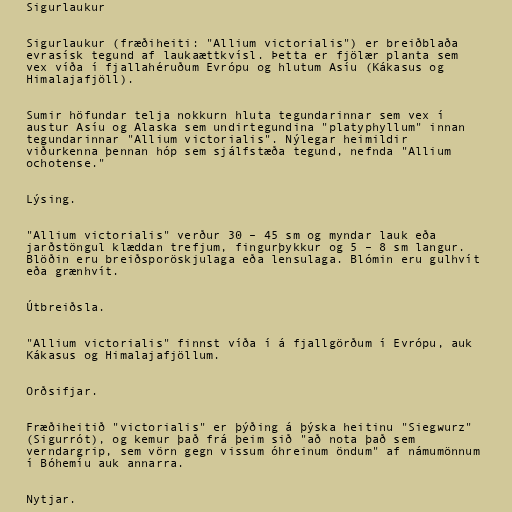
Sigurlaukur

Sigurlaukur (fræðiheiti: "Allium victorialis") er breiðblaða
evrasísk tegund af laukaættkvísl. Þetta er fjölær planta sem
vex víða í fjallahéruðum Evrópu og hlutum Asíu (Kákasus og
Himalajafjöll).

Sumir höfundar telja nokkurn hluta tegundarinnar sem vex í
austur Asíu og Alaska sem undirtegundina "platyphyllum" innan
tegundarinnar "Allium victorialis". Nýlegar heimildir
viðurkenna þennan hóp sem sjálfstæða tegund, nefnda "Allium
ochotense."

Lýsing.

"Allium victorialis" verður 30 – 45 sm og myndar lauk eða
jarðstöngul klæddan trefjum, fingurþykkur og 5 – 8 sm langur.
Blöðin eru breiðsporöskjulaga eða lensulaga. Blómin eru gulhvít
eða grænhvít.

Útbreiðsla.

"Allium victorialis" finnst víða í á fjallgörðum í Evrópu, auk
Kákasus og Himalajafjöllum.

Orðsifjar.

Fræðiheitið "victorialis" er þýðing á þýska heitinu "Siegwurz"
(Sigurrót), og kemur það frá þeim sið "að nota það sem
verndargrip, sem vörn gegn vissum óhreinum öndum" af námumönnum
í Bóhemíu auk annarra.

Nytjar.